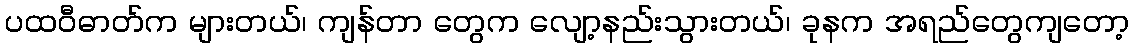
ပထဝီဓာတ်က များတယ်၊ ကျန်တာ တွေက လျော့နည်းသွားတယ်၊ ခုနက အရည်တွေကျတော့